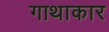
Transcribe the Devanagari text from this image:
गाथाकार